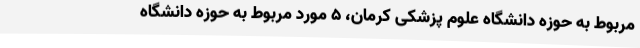
مربوط به حوزه دانشگاه علوم پزشکی کرمان، 5 مورد مربوط به حوزه دانشگاه